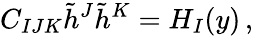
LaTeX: C_{IJK}\tilde{h}^{J}\tilde{h}^{K}=H_{I}(y)\, ,